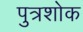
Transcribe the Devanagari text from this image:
पुत्रशोक